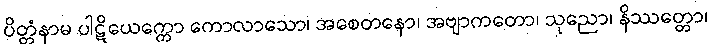
ပိတ္တံနာမ ပါဋိယေက္ကော ကောလာသော၊ အစေတနော၊ အဗျာကတော၊ သုညော၊ နိဿတ္တော၊